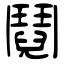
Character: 鬩